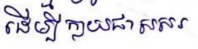
ដើម្បីក្លាយជាសសរ